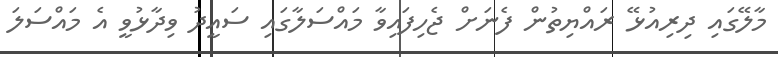
މާލޭގައި ދިރިއުޅޭ ރައްޔިތުން ފެނަށް ޖެހިފައިވާ މައްސަލާގައި ސައީދު ވިދާޅުވީ އެ މައްސަލަ